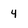
Character: 4